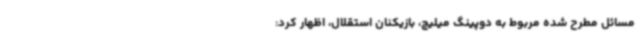
مسائل مطرح شده مربوط به دوپینگ میلیچ، بازیکنان استقلال، اظهار کرد: